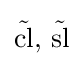
{\tilde {\operatorname {cl} }},\,{\tilde {\operatorname {sl} }}